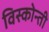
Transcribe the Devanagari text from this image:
विस्कोन्ती